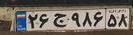
۲۶ج۹۸۶۵۸